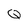
Character: Q